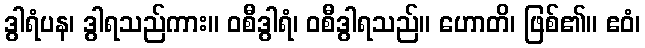
ဒွါရံပန၊ ဒွါရသည်ကား။ ဝစီဒွါရံ၊ ဝစီဒွါရသည်။ ဟောတိ၊ ဖြစ်၏။ ဧဝံ၊